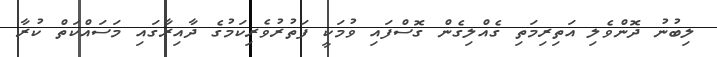
ލިބުނު ދޮންވެލި އަތިރިމަތި ގެއްލިގެން ގޮސްފައި ވުމަކީ ފަތުރުވެރިކަމުގެ ދާއިރާގައި މަސައްކަތް ކުރާ